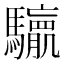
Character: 𮪛